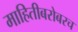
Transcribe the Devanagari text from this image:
माहितीबरोबरच